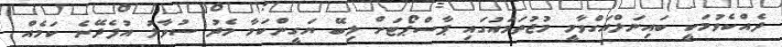
ދެއްކެވުމަކީ ބައިނަލްއަގްވާމީ މުޖުތަމައުގައި ޕާސްޕޯޓަށް ލިބޭ ޔަގީންކަމާ މެދު ސުވާލު އުފެދޭނެ ކަމެއް